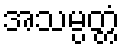
အသမ္ပတ္တံ